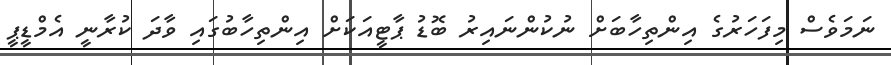
ނަމަވެސް މިފަހަރުގެ އިންތިހާބަށް ނުކުންނައިރު ބޮޑު ޕާޓީއަކަށް އިންތިހާބުގައި ވާދަ ކުރާނީ އެމްޑީޕީ